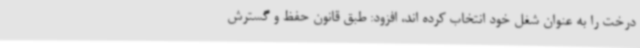
درخت را به عنوان شغل خود انتخاب کرده اند، افزود: طبق قانون حفظ و گسترش